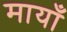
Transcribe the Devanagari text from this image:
मायाँ